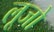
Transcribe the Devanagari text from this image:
लूजो